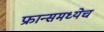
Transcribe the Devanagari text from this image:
फ्रान्समध्येच